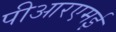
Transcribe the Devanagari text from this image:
पीआरएमई